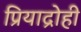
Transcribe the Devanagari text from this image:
प्रियाद्रोही